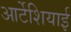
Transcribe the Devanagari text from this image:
आर्टेशियाई